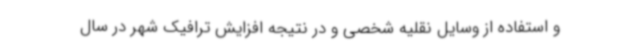
و استفاده از وسایل نقلیه شخصی و در نتیجه افزایش ترافیک شهر در سال